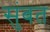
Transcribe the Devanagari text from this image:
सुंबत